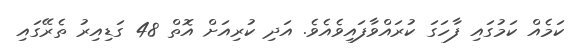
ކަމެއް ކަމުގައި ފާހަގަ ކުރައްވާފައިވެއެވެ. އަދި ކުރިއަށް އޮތް 48 ގަޑިއިރު ތެރޭގައި